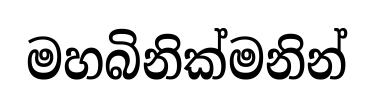
මහබිනික්මනින්